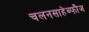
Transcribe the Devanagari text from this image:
चलनसाहेब्फौज